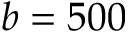
b = 5 0 0